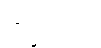
အစ္ဆရာဟိ